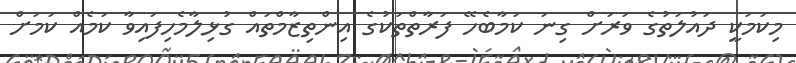
މިކަމަކީ ދައުލަތުގެ ވަރަށް ގިނަ ކަމާބެހޭ ފަރާތްތަކުގެ އިންތިޒާމްތައް ގުޅިލާމެހިފައިވާ ކަމެއް ކަމަށް